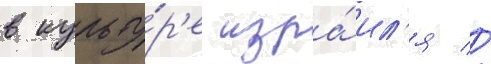
в культу́р'е изра́ил'я //